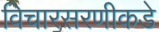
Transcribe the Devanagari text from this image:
विचारसरणीकडे